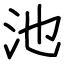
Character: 池